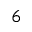
_ 6